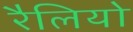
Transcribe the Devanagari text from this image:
रैलियो